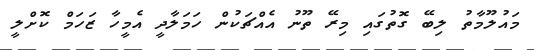
މައުލޫމާތު ލިބޭ ގޮތުގައި މިރޭ ތޫނު އެއްޗަކުން ހަމަލާދީ އެމީހާ ޒަހަމް ކޮށްލީ